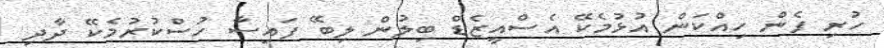
ހުރި ފެން ހިއްކަން އުޅުމެކޭ އެސްއީޒެޑް ބިލުން ލިބޭ ފައިސާ ހުސްކުރުމެކޭ ދާދި